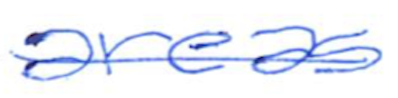
Text: areas
Cross-out: mix
Writing tool: ballpoint